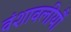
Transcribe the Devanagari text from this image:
वंशावलीयौं